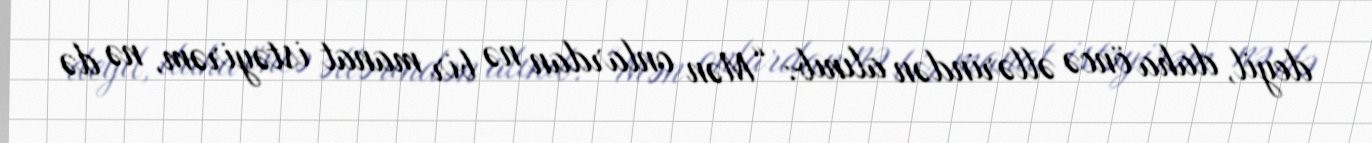
deyil, daha öncə əllərindən alınıb: “Mən onlardan nə bir manat istəyirəm, nə də